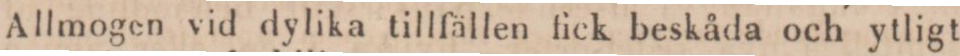
Allmogen vid dylika tillfällen fick beskåda och ytligt